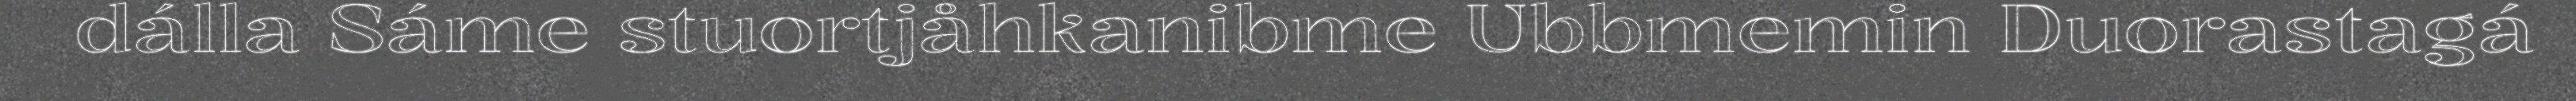
dálla Sáme stuortjåhkanibme Ubbmemin Duorastagá